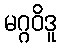
မဂ္ဂဝိဒူ